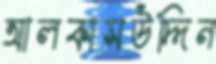
আলকাসউদ্দিন